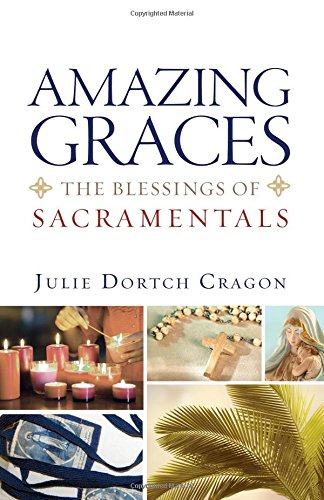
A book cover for Amazing Graces: The Blessings of Sacramentals; Julie Dortch Cragon; Christian Books & Bibles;